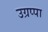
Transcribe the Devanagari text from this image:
उग्रप्पा